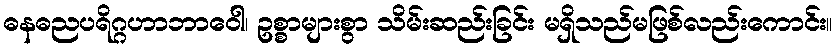
ဓနဓညပရိဂ္ဂဟာဘာဝေါ၊ ဥစ္စာများစွာ သိမ်းဆည်းခြင်း မရှိသည်မဖြစ်လည်းကောင်း။